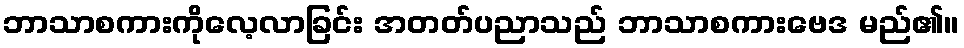
ဘာသာစကားကိုလေ့လာခြင်း အတတ်ပညာသည် ဘာသာစကားဗေဒ မည်၏။